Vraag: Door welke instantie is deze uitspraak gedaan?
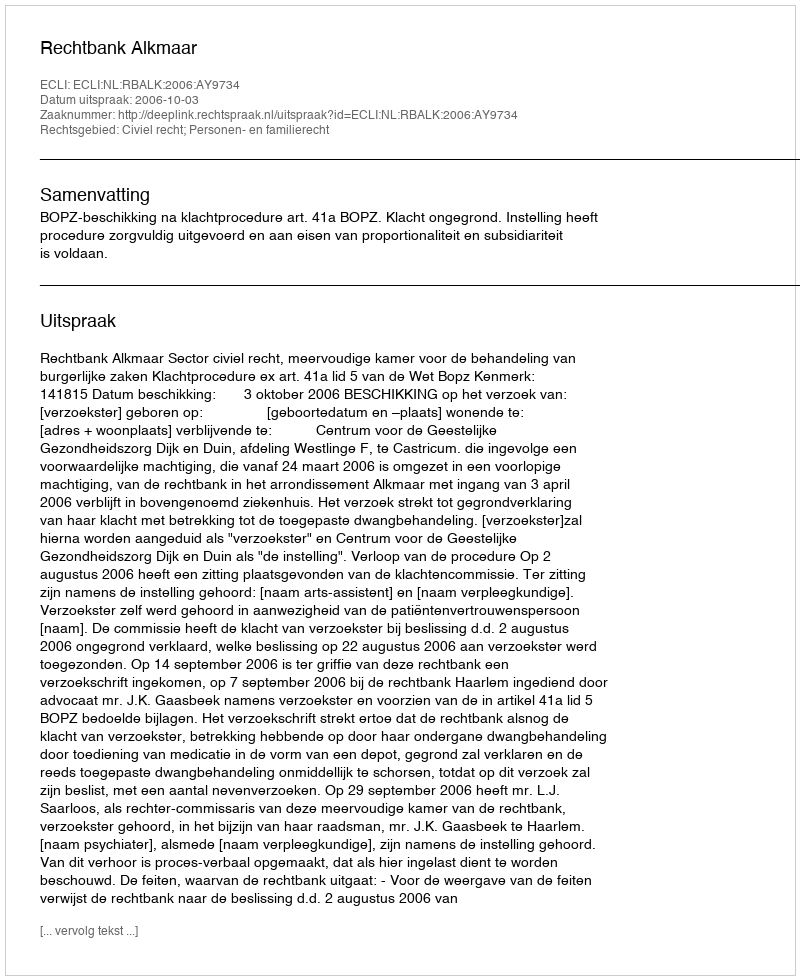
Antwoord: Rechtbank Alkmaar